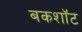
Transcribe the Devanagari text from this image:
बकशॉट